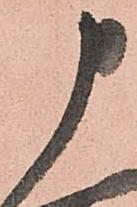
申